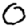
Digit: 0